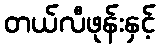
တယ်လီဖုန်းနှင့်